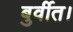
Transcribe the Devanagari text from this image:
बुर्वीत।